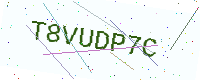
Text: T8VUDP7C